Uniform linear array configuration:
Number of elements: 4
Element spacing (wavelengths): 1
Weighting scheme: cosine
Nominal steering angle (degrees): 0
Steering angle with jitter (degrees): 1.597
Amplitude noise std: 0.05
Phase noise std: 0.05

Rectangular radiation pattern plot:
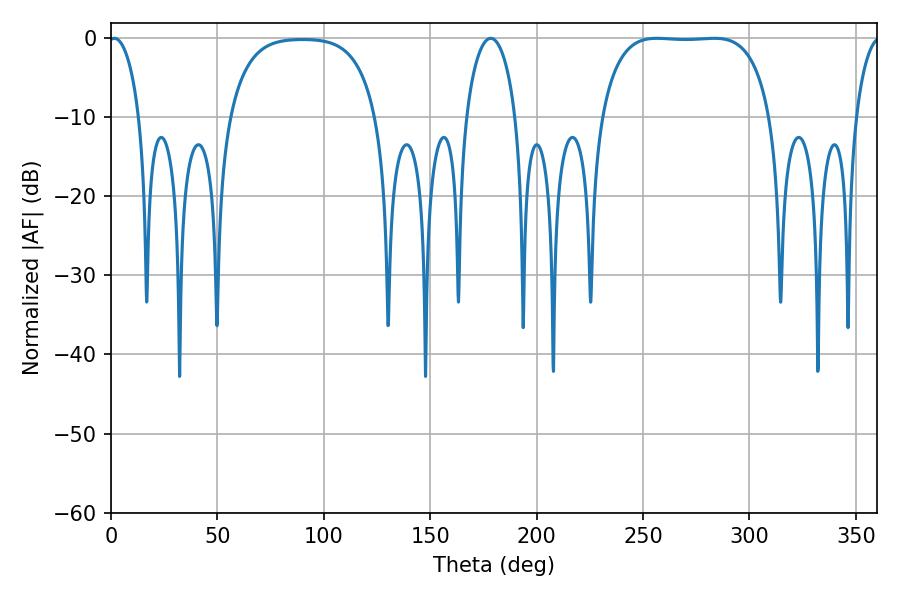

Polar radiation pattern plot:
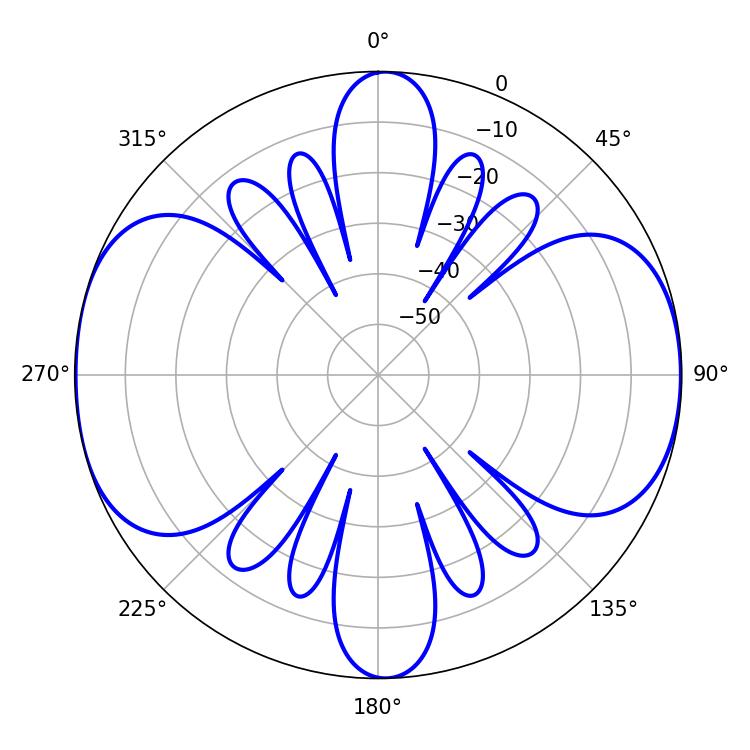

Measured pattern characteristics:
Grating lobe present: TRUE
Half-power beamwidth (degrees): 62.28
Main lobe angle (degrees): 256.5